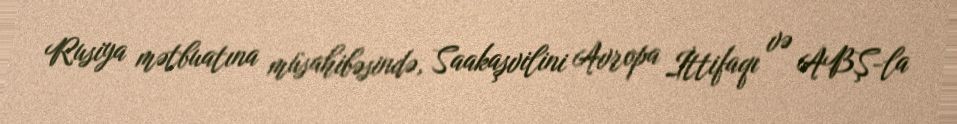
Rusiya mətbuatına müsahibəsində, Saakaşvilini Avropa İttifaqı və ABŞ-la